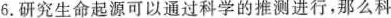
6.研究生命起源可以通过科学的推测进行，那么科